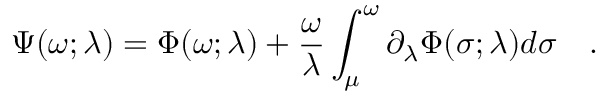
\Psi ( \omega ; \lambda ) = \Phi ( \omega ; \lambda ) + { \frac { \omega } { \lambda } } \int _ { \mu } ^ { \omega } \partial _ { \lambda } \Phi ( \sigma ; \lambda ) d \sigma ~ ~ ~ .